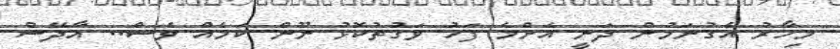
މިހާރު އެގުނަމުން ދަނީ އެންމެ ފަހު ވަގުތުކޮޅު ނޫން ކަމެއް ވެސް.. އާދޭސް